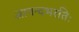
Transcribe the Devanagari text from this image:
आनन्दभरतिः